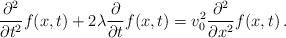
LaTeX: \begin{align*}\frac{\partial^2 }{\partial t^2}f(x,t)+2\lambda \frac{\partial }{\partial t}f(x,t)=v_0^2 \frac{\partial^2 }{\partial x^2}f(x,t)\,.\end{align*}